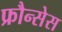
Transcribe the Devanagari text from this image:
फ्रौन्सेस